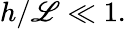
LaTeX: h/\mathscr{L}\ll1.